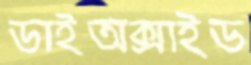
ডাইঅক্সাইড